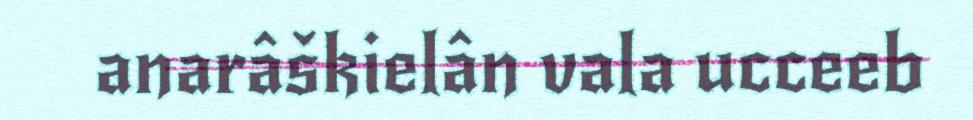
anarâškielân vala ucceeb